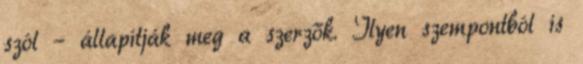
szól – állapítják meg a szerzők. Ilyen szempontból is